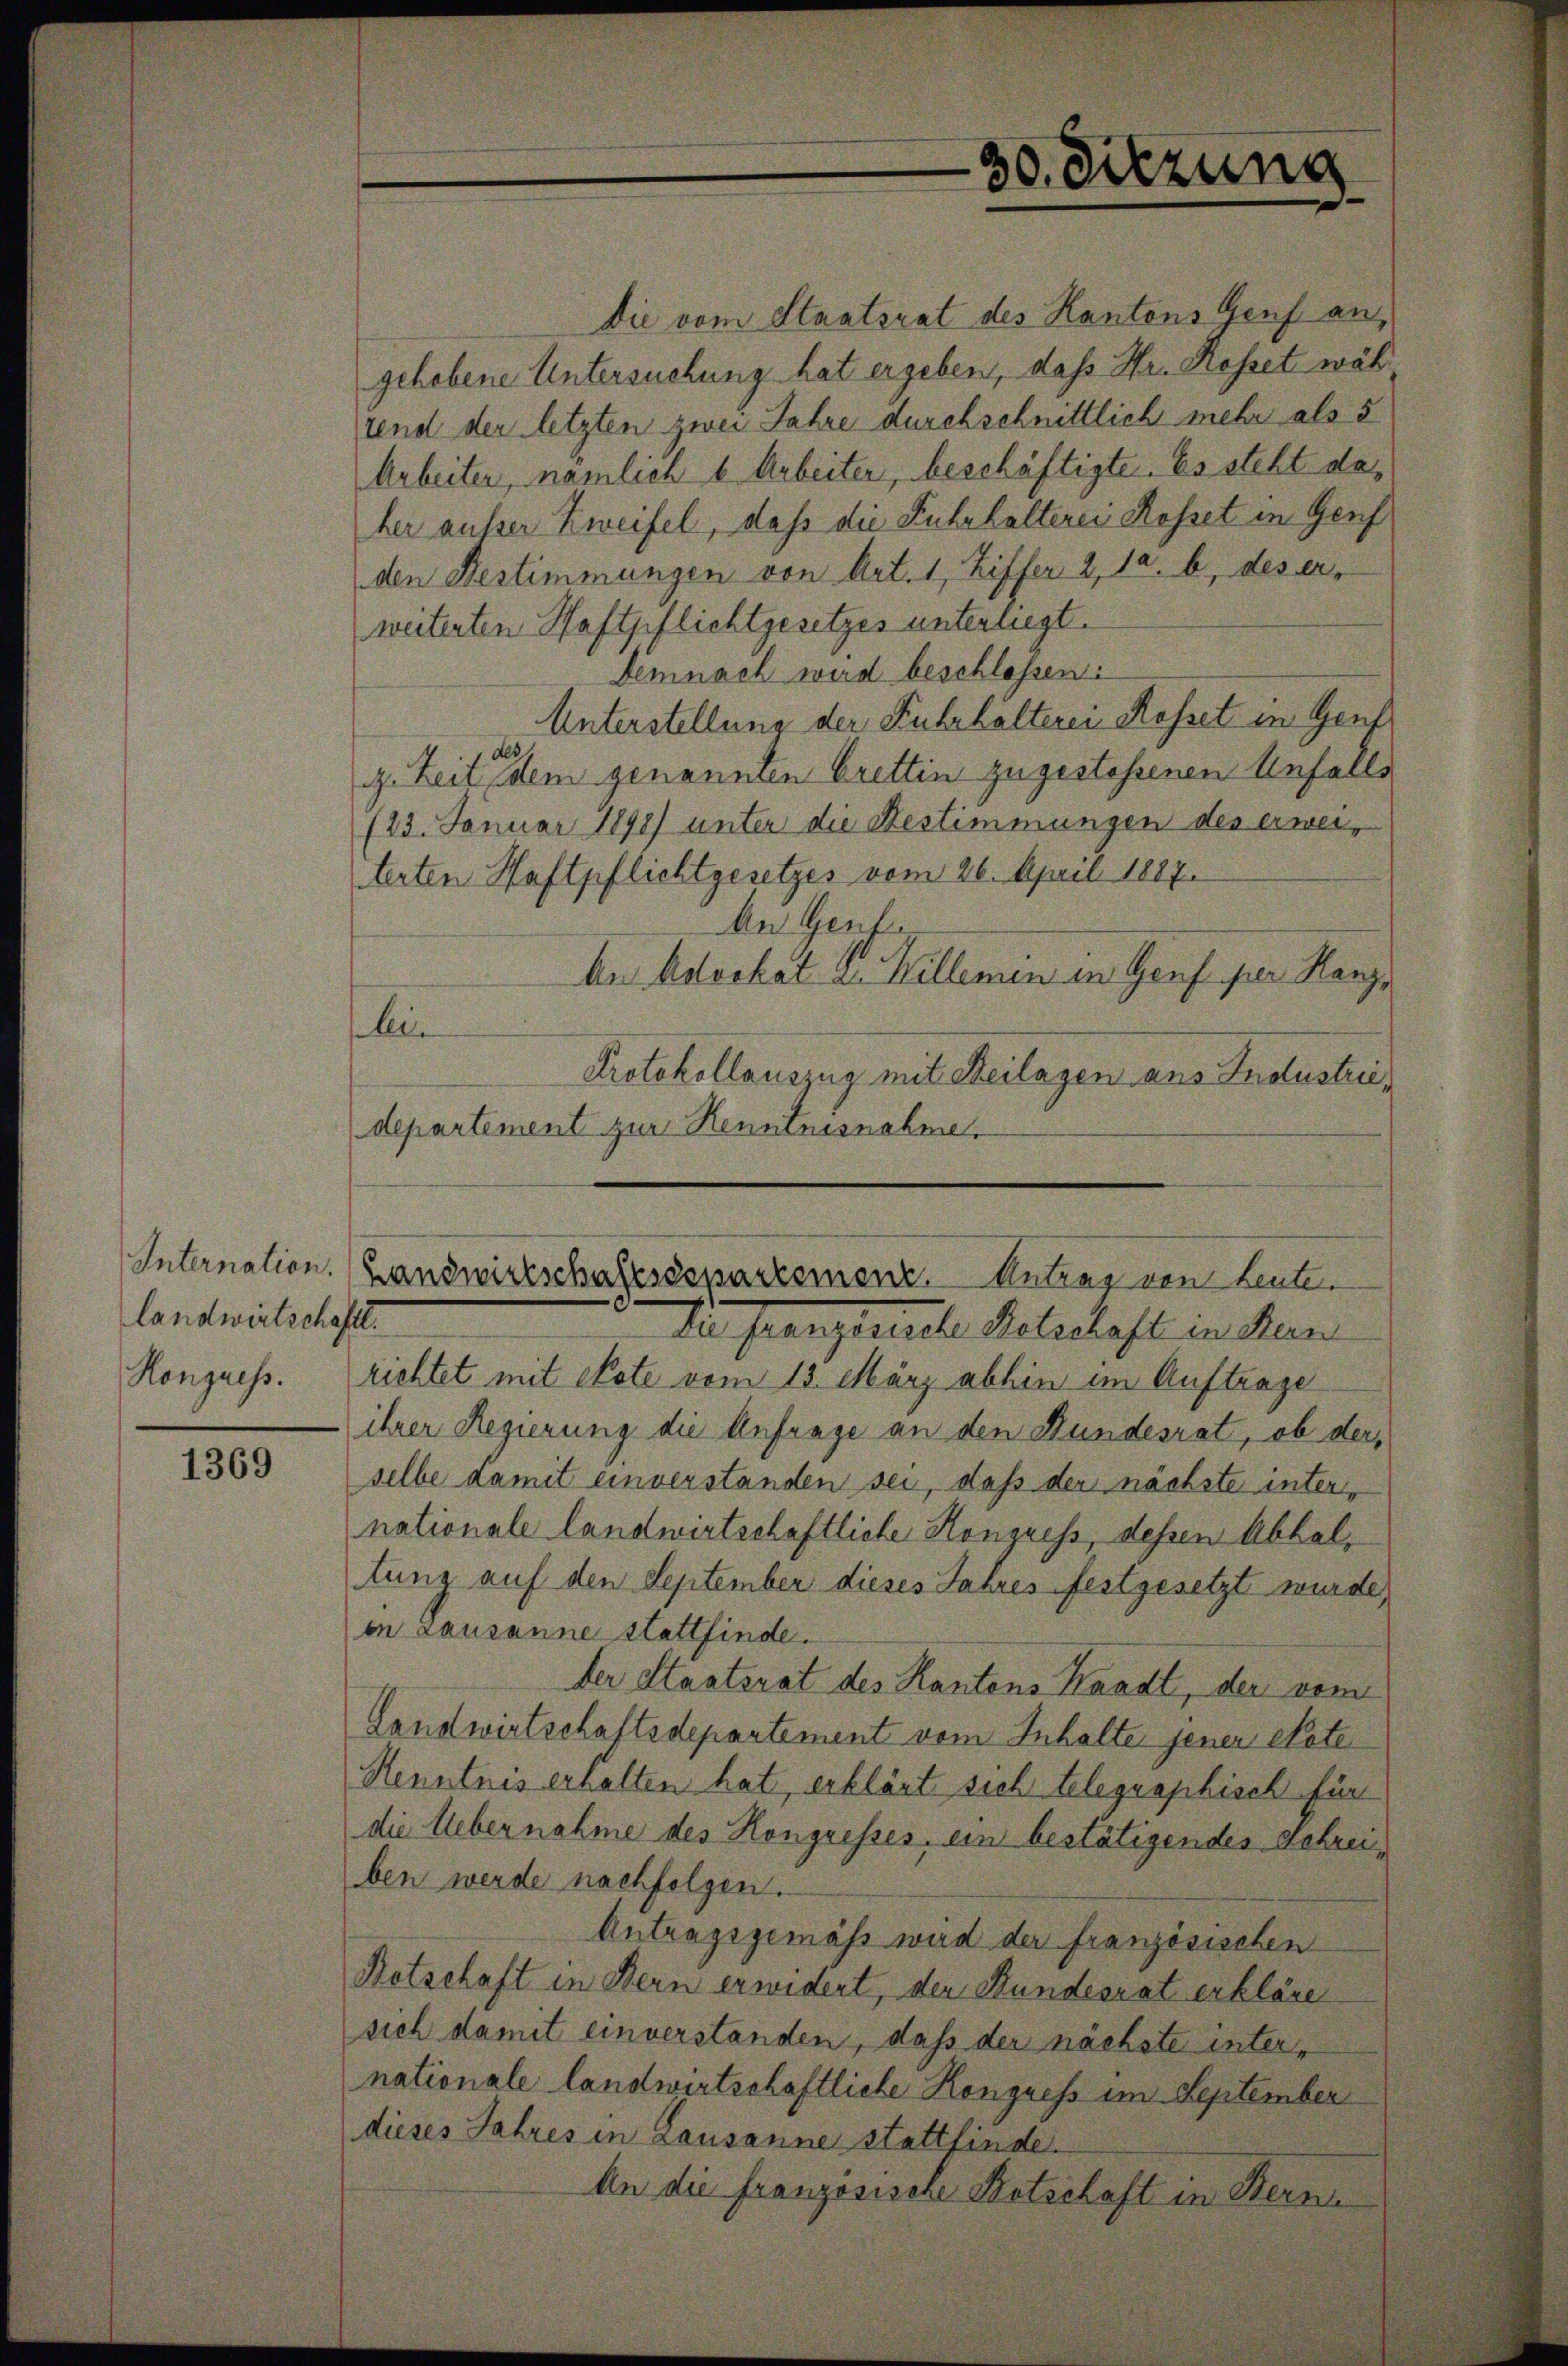
Internation.
landwirtschaft.
Hongress.

1369

Die vom Staatsrat des Kantons Genf an,
gehobene Untersuchung hat ergeben, daß Hr. Rosset wäh
rend der letzten zwei Jahre durchschnittlich mehr als 5
Arbeiten, nämlich 6 Arbeiter, beschäftigte. Es steht daher ausser Zweifel, daß die Fuhrhalterei Rosset in Genf
den Bestimmungen von Art. 1, Ziffer 2, da, b, des er-
weiterten Haftpflichtgesetzes unterliegt.
Demnach wird beschlossen:
Unterstellung der Fuhrhalterei Rosset in Genf
z. Zeit dem genannten Brettin zugestehenen Unfalls
(23. Januar 1891) unter die Bestimmungen des erweiterten Haftpflichtgesetzes vom 26. April 1887.
An Genf.
An Motorkat A. Willemin in Genf per Kanz
li
Protokollauszug mit Beilagen aus Industriedepartement zur Kenntnisnahme.

Der Mangerliche Halschaft in Man
richtet mit Note vom 13. März abhin im Auftrage
ihrer Regierung die Anfrage an den Bundesrat, ob der
selbe damit einverstanden sei, daß der nächste internationale landwirtschaftliche Kongress, dessen Abhaltung auf den September dieses Jahres festgesetzt wurde,
on Lausanne stattfinde.
der Staatsrat des Kantons Handt, der vom
Landwirtschaftsdepartement vom Inhalte jener Note
Henntnis erhalten hat, erklärt sich telegraphisch für
die Uebernahme des Kongresses, ein bestätigendes Schreiben werde nachfolgen.
Antragsgemäss wird der französischen
Kotschaft in Bern erwidert, der Bundesrat erkläre
sich damit einverstanden, dass der nächste inter-
nationale landwirtschaftliche Kongress im September
dieses Jahres in Lausanne stattfinde.
An die französische Botschaft in Berne

30. Sitzung

Landwirtschaftssepartemenz. Antrag von Leute.